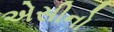
એસીનો